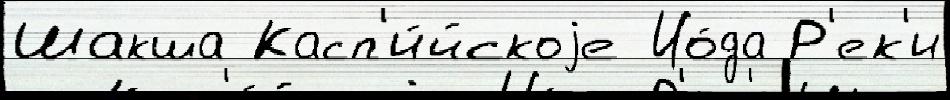
Шакша Касп'и́йскоjе Ио́да Р'ек'и